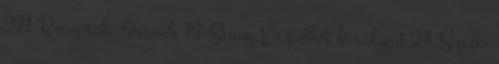
221 Receptek levesek 73 Sissy Erzsébet királynő 24 Szabó